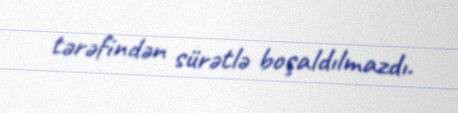
tərəfindən sürətlə boşaldılmazdı.